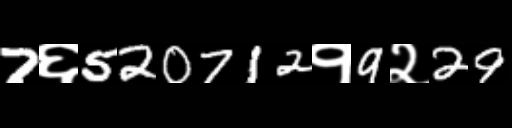
Text: 7६520712१9२29